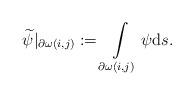
LaTeX: \begin{align*} \widetilde{\psi}|_{\partial \omega(i,j)}:=\int\limits_{\partial \omega(i,j)}\psi{\rm d}s.\end{align*}